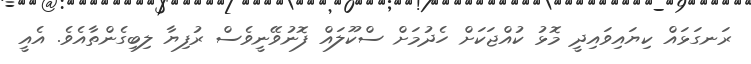
ރަނގަޅައް ކިޔައިވައިދީ މޮޅު ކުއްޖަކަށް ހެދުމަށް ސްކޫލައް ފޮނުވޭނީވެސް ރުފިޔާ ލިބިގެންތާއެވެ. އެއީ